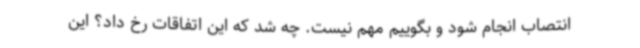
انتصاب انجام شود و بگوییم مهم نیست. چه شد که این اتفاقات رخ داد؟ این